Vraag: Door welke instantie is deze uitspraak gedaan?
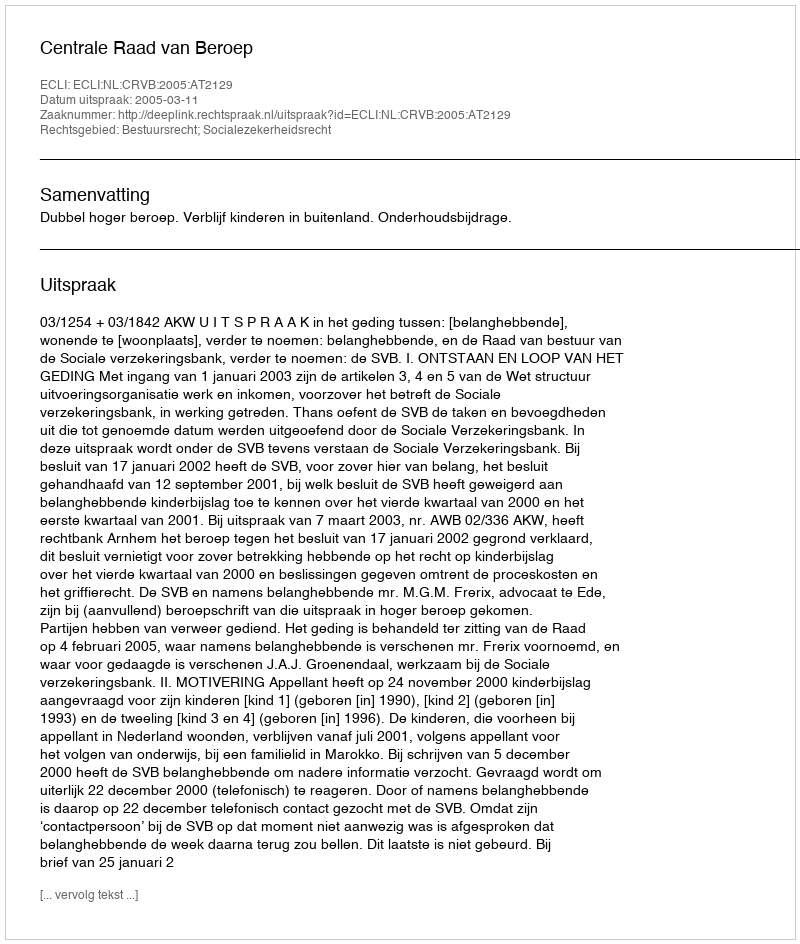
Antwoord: Centrale Raad van Beroep